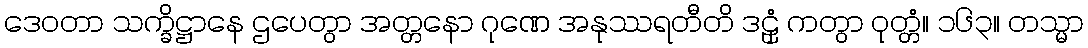
ဒေဝတာ သက္ခိဋ္ဌာနေ ဌပေတွာ အတ္တနော ဂုဏေ အနုဿရတီတိ ဒဠှံ ကတွာ ဝုတ္တံ။ ၁၆၃။ တသ္မာ